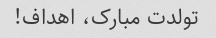
تولدت مبارک، اهداف!